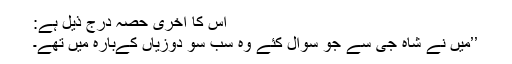
اس کا آخری حصہ درج ذیل ہے:
’’میں نے شاہ جی سے جو سوال کئے وہ سب سو دوزیاں کےبارہ میں تھے۔